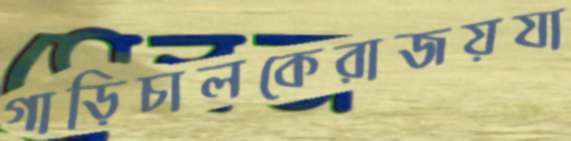
গাড়িচালকেরাজয়যা